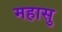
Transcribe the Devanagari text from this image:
महासु